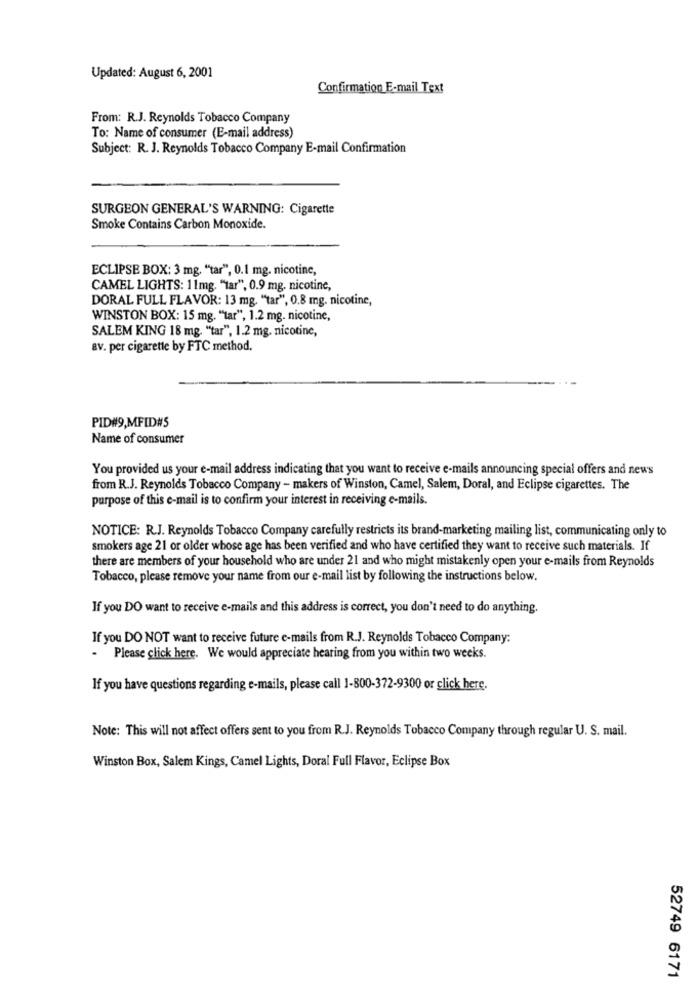
Updated: August 6, 2001
Confirmation E-mail Text
From: R.J. Reynolds Tobacco Company
To: Name of consumer (E-mail address)
Subject: R. J. Reynolds Tobacco Company E-mail Confirmation
SURGEON GENERAL'S WARNING: Cigarette
Smoke Contains Carbon Monoxide.
ECLIPSE BOX: 3 mg. "tar", 0.1 mg. nicotine,
CAMEL LIGHTS: 11mg. "tar", 0.9 mg. nicotine,
DORAL FULL FLAVOR: 13 mg. "tar", 0.8 mg. nicotine,
WINSTON BOX: 15 mg. "tar", 1.2 mg. nicotine,
SALEM KING 18 mg. "tar", 1.2 mg. nicotine,
av. per cigarette by FTC method.
PID#9,MFID#5
Name of consumer
You provided us your e-mail address indicating that you want to receive e-mails announcing special offers and news
from R.J. Reynolds Tobacco Company - makers of Winston, Camel, Salem, Doral, and Eclipse cigarettes. The
purpose of this e-mail is to confirm your interest in receiving e-mails.
NOTICE: R.J. Reynolds Tobacco Company carefully restricts its brand-marketing mailing list, communicating only to
smokers age 21 or older whose age has been verified and who have certified they want to receive such materials. If
there are members of your household who are under 21 and who might mistakenly open your e-mails from Reynolds
Tobacco, please remove your name from our e-mail list by following the instructions below.
If you DO want to receive e-mails and this address is correct, you don't need to do anything.
If you DO NOT want to receive future e-mails from R.J. Reynolds Tobacco Company:
- Please click here. We would appreciate hearing from you within two weeks.
If you have questions regarding e-mails, please call 1-800-372-9300 or click here.
Note: This will not affect offers sent to you from R.J. Reynolds Tobacco Company through regular U. S. mail.
Winston Box, Salem Kings, Camel Lights, Doral Full Flavor, Eclipse Box
52749 6171